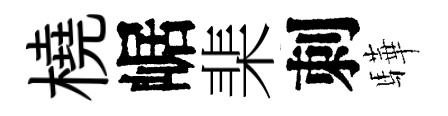
橈崌棐刺驊